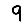
Digit: 9